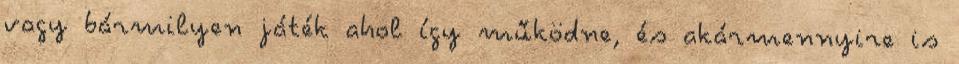
vagy bármilyen játék ahol így működne, és akármennyire is